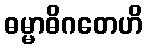
ဓမ္မာဓိဂတေဟိ